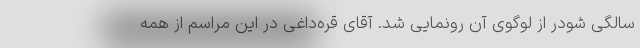
سالگی شودر از لوگوی آن رونمایی شد. آقای قره‌داغی در این مراسم از همه